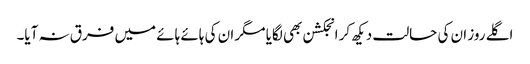
اگلے روز ان کی حالت دیکھ کر انجکشن بھی لگایا مگر ان کی ہائے ہائے میں فرق نہ آیا۔